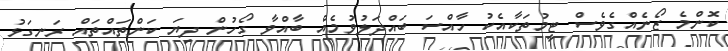
ކޮންމެ ޒޯނެއްގެވެސް ޓީމުތަކާއެކު ހާއްސަ ބައްދަލުވުމެއް ބާއްވާ ގޯހުން ދިޔަ ކަންތައްތައް ރަނގަޅު